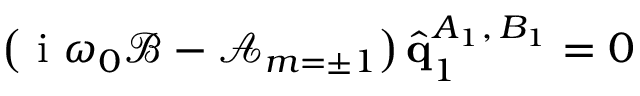
\left( \mathrm { ~ i ~ } \omega _ { 0 } \mathcal { B } - \mathcal { A } _ { m = \pm 1 } \right) \hat { \mathbf { q } } _ { 1 } ^ { A _ { 1 } , \, B _ { 1 } } = 0